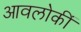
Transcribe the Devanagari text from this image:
आवलोकीं